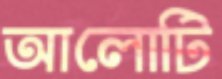
আলোটি